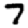
Digit: 7